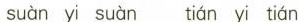
suàn yi suàn tián yi tián